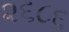
૨૬૮૬